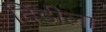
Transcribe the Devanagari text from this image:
दिंडीला